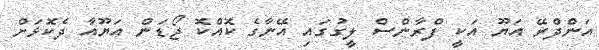
އަންދްރޭ އަޔޫ އަކީ ފްރާންސް ލީގުގައި އޭނާގެ ކޮއްކޮ ޖޯޑަން އަޔޫއާ ދެކޮޅަށް